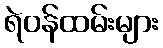
ရဲဝန်ထမ်းများ